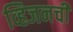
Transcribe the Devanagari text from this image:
व्हिजनची